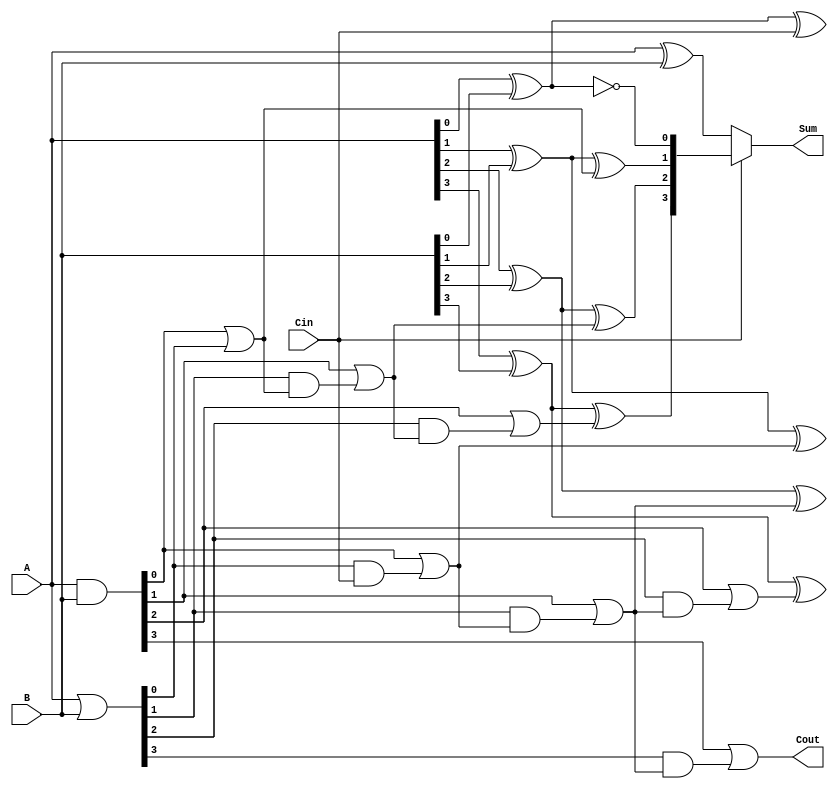
module CarrySelectAdder (
    input [3:0] A,        // 4-bit input A
    input [3:0] B,        // 4-bit input B
    input Cin,            // Carry-in
    output [3:0] Sum,     // 4-bit sum output
    output Cout           // Carry-out
);

// Internal signals for generate and propagate
wire [3:0] G; // Generate signals
wire [3:0] P; // Propagate signals
wire [1:0] C; // Carry signals for each segment
wire [3:0] Sum0; // Sum when carry-in is 0
wire [3:0] Sum1; // Sum when carry-in is 1

// Generate and propagate for each bit
assign G = A & B; // Generate
assign P = A | B; // Propagate

// Sum calculations for carry-in = 0
assign Sum0 = A ^ B; // Sum when Cin = 0
assign Sum0[0] = A[0] ^ B[0] ^ Cin; // First bit with Cin
assign Sum0[1] = A[1] ^ B[1] ^ (G[0] | (P[0] & Cin)); // Second bit
assign Sum0[2] = A[2] ^ B[2] ^ (G[1] | (P[1] & (G[0] | (P[0] & Cin)))); // Third bit
assign Sum0[3] = A[3] ^ B[3] ^ (G[2] | (P[2] & (G[1] | (P[1] & (G[0] | (P[0] & Cin)))))); // Fourth bit

// Sum calculations for carry-in = 1
assign Sum1[0] = A[0] ^ B[0] ^ 1; // First bit with Cin = 1
assign Sum1[1] = A[1] ^ B[1] ^ (G[0] | (P[0] & 1)); // Second bit
assign Sum1[2] = A[2] ^ B[2] ^ (G[1] | (P[1] & (G[0] | (P[0] & 1)))); // Third bit
assign Sum1[3] = A[3] ^ B[3] ^ (G[2] | (P[2] & (G[1] | (P[1] & (G[0] | (P[0] & 1)))))); // Fourth bit

// Carry-out calculations
assign C[0] = G[0] | (P[0] & Cin); // Carry-out for first segment
assign C[1] = G[1] | (P[1] & C[0]); // Carry-out for second segment

// Final carry-out
assign Cout = G[3] | (P[3] & C[1]); // Final carry-out

// Final output selection based on carry-in
assign Sum = Cin ? Sum1 : Sum0; // Select the correct sum based on Cin

endmodule